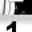
Digit: 1